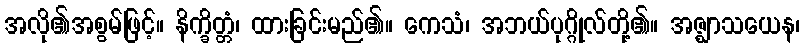
အလို၏အစွမ်ဖြင့်။ နိက္ခိတ္တံ၊ ထားခြင်းမည်၏။ ကေသံ၊ အဘယ်ပုဂ္ဂိုလ်တို့၏။ အဇ္ဈာသယေန၊